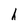
Character: h